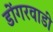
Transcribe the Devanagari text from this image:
डोंगरवाडी